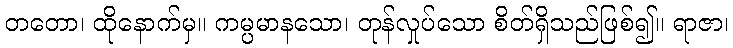
တတော၊ ထိုနောက်မှ။ ကမ္ပမာနသော၊ တုန်လှုပ်သော စိတ်ရှိသည်ဖြစ်၍။ ရာဇာ၊